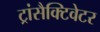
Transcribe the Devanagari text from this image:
ट्रांसैक्टिवेटर